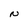
Character: N